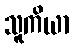
သူကိယာ